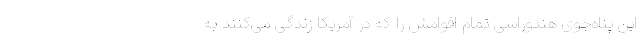
این پناه‌جوی هندوراسی تمام اقوامش را که در آمریکا زندگی می‌کنند به